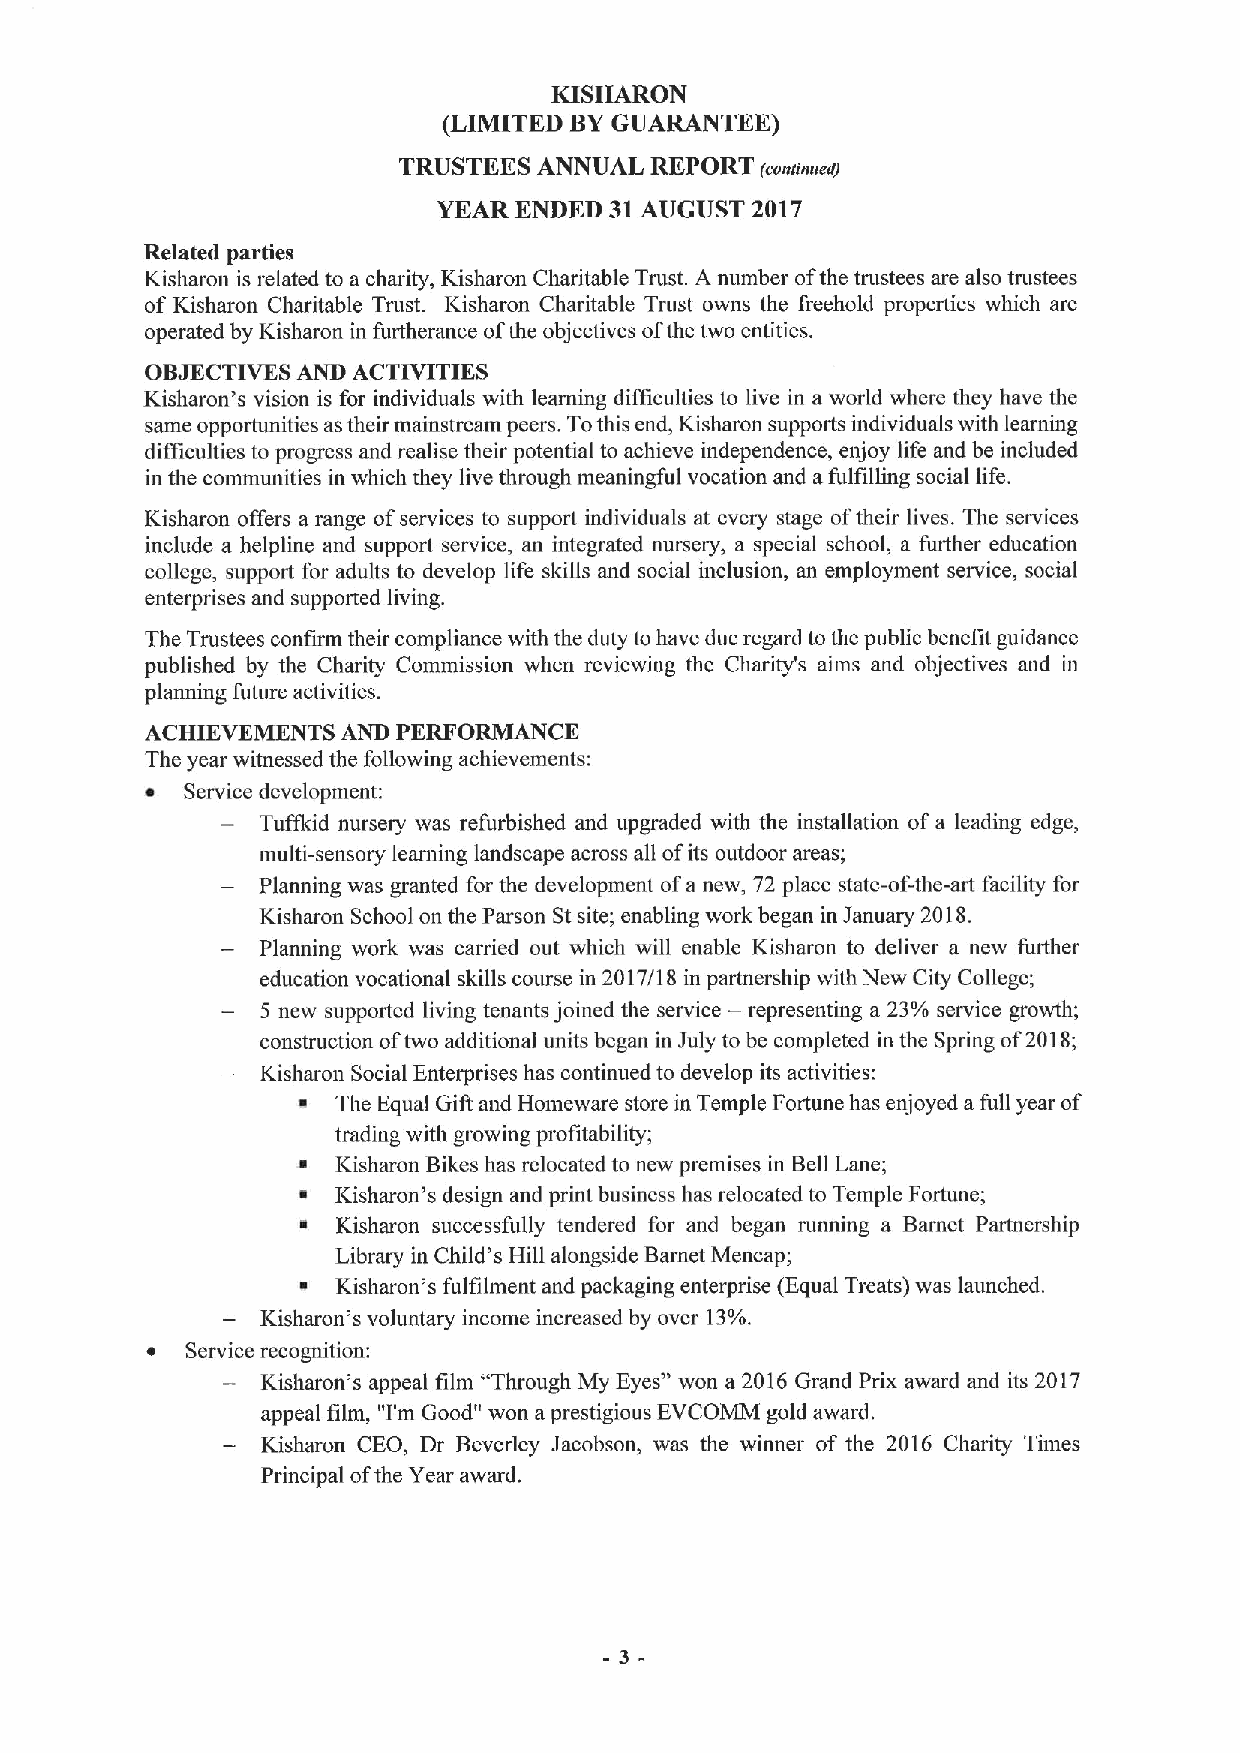
KISHARON
 (LIMITED BYGUARANTEE)
 TRUSTEES  ANNUAL REPORT (coniinued)
 YEAR ENDED 31AUGUST  2017
 Related parties
 Kisharon is related to a charity, Kisharon Charitable Trust. A number ofthe trustees are also trustees
 of Kisharon Charitable Trust. Kisharon Charitable Trust owns the freehold properties which are
 operated by Kisharon in furtherance ofthe objectives ofthe two entities.
 OBJECTIVES AND ACTIVITIES
 Kisharon's vision is for individuals with learning difficulties to live in a world where they have the
 same opportunities as their mainstream peers. Tothis end, Kisharon supports individuals with learning
 difficulties to progress and realise their potential to achieve independence, enjoy life and be included
 in the communities in which they live through meaningful vocation and afulfilling social life.
 Kisharon offers a range ofservices to support individuals at every stage oftheir lives. The services
 include a helpline and support service, an integrated nursery, a special school, a further education
 college, support for adults to develop life skills and social inclusion, an employment service, social
 enterprises and supported living.
 The Trustees confirm their compliance with the duty to have due regard to the public benefit guidance
 published by the Charity Commission when reviewing the Charity's aims and objectives and in
 planning future activities.
 ACHIEVEMENTS AND PERFORMANCE
 The year witnessed the following achievements:
 ~ Service development:
 Tuffkid nursery was refurbished and upgraded with the installation ofa leading edge,
 multi-sensory learning landscape across all ofits outdoor areas;
 Planning was granted for the development ofa new, 72 place state-of-the-art facility for
 Kisharon School on the Parson St site; enabling work began in January 2018.
 Planning work was carried out which will enable Kisharon to deliver a new further
 education vocational skills course in 2017/18 in partnership with New City College;
 5 new supported living tenants joined the service — representing a 23% service growth;
 construction oftwo additional units began in July to be completed in the Spring of2018;
 Kisharon Social Enterprises has continued to develop its activities:
 ~ The Equal Gift and Homeware store in Temple Fortune has enjoyed a full year of
 trading with growing profitability;
 ~ Kisharon Bikes has relocated to new premises in BellLane;
 ~ Kisharon's design and print business has relocated to Temple Fortune;
 ~ Kisharon successfully tendered for and began running a Barnet Partnership
 Library in Child's Hill alongside Barnet Mencap;
 ~ Kisharon's fulfilment and packaging enterprise (Equal Treats) was launched.
 Kisharon*s voluntary income increased by over 13%.
 ~ Service recognition:
 Kisharon's appeal film "Through My Eyes" won a 2016 Grand Prix award and its 2017
 appeal film, 'Tm Good" won a prestigious EVCOMM gold award.
 Kisharon CEO, Dr Beverley Jacobson, was the winner of the 2016 Charity Times
 Principal ofthe Year award.